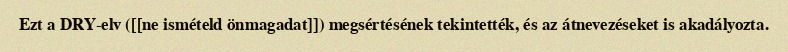
Ezt a DRY-elv ([[ne ismételd önmagadat]]) megsértésének tekintették, és az átnevezéseket is akadályozta.